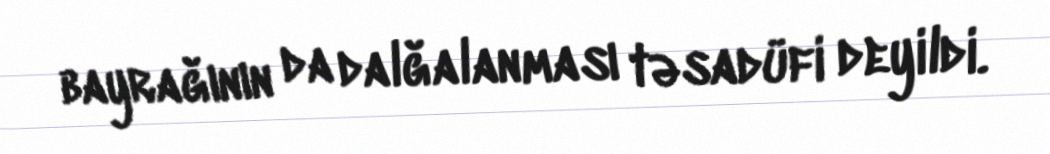
bayrağının da dalğalanması təsadüfi deyildi.